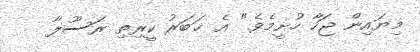
މިޔައިން ޖަހާ ހުށީމެވެ." އެ ޚަބަރު ކީރިތި ރަސޫލާ